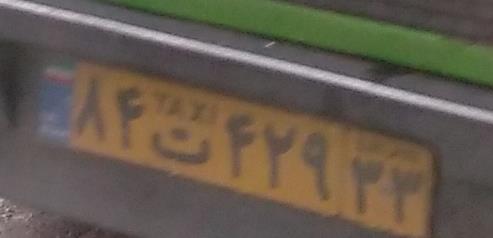
۸۴ت۴۲۹۳۳